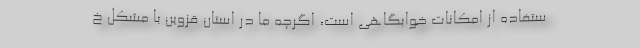
ستفاده از امکانات خوابگاهی است، اگرچه ما در استان قزوین با مشکل خ